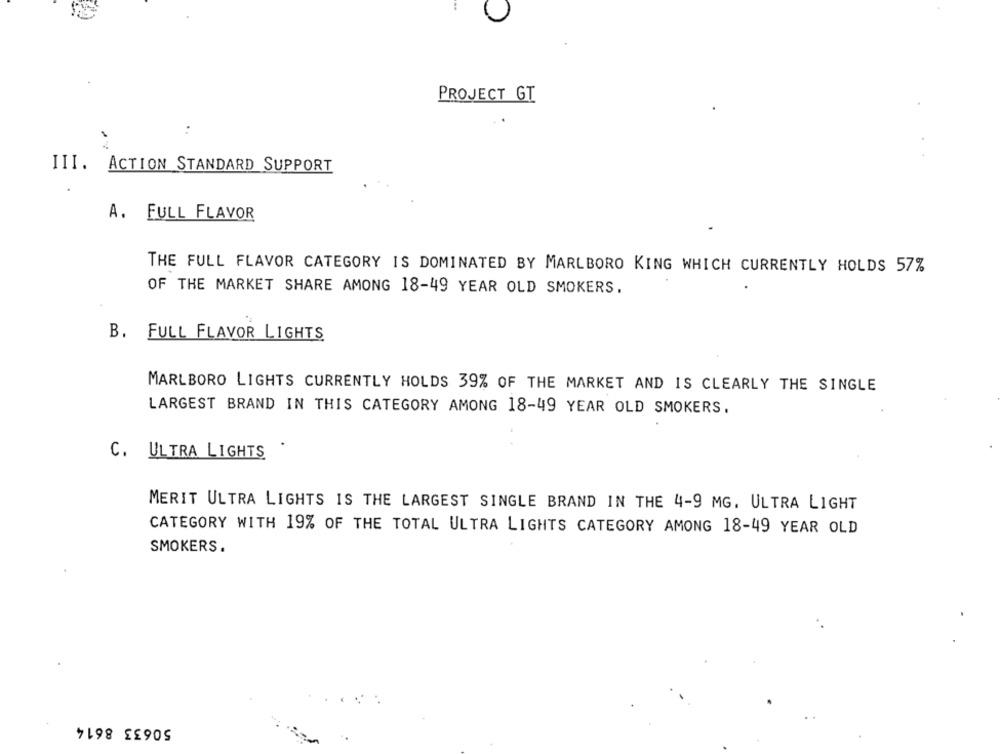
PROJECT GT
.
:
III. ACTION STANDARD SUPPORT
A. FULL FLAVOR
THE FULL FLAVOR CATEGORY IS DOMINATED BY MARLBORO KING WHICH CURRENTLY HOLDS 57%
OF THE MARKET SHARE AMONG 18-49 YEAR OLD SMOKERS.
B. FULL FLAVOR LIGHTS
MARLBORO LIGHTS CURRENTLY HOLDS 39% OF THE MARKET AND IS CLEARLY THE SINGLE
LARGEST BRAND IN THIS CATEGORY AMONG 18-49 YEAR OLD SMOKERS.
C. ULTRA LIGHTS
MERIT ULTRA LIGHTS IS THE LARGEST SINGLE BRAND IN THE 4-9 MG. ULTRA LIGHT
CATEGORY WITH 19% OF THE TOTAL ULTRA LIGHTS CATEGORY AMONG 18-49 YEAR OLD
SMOKERS.
50633 8614